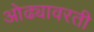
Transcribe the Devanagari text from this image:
ओढ्यावरती